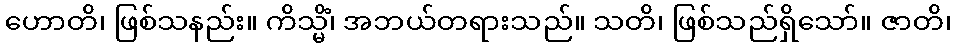
ဟောတိ၊ ဖြစ်သနည်း။ ကိသ္မိံ၊ အဘယ်တရားသည်။ သတိ၊ ဖြစ်သည်ရှိသော်။ ဇာတိ၊